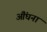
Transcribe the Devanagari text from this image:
औंघना